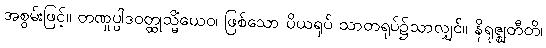
အစွမ်းဖြင့်။ တဏှုပ္ပါဒဝတ္ထုသ္မိံယေဝ၊ ဖြစ်သော ပိယရုပ် သာတရုပ်၌သာလျှင်။ နိရုဇ္ဈတီတိ၊